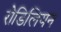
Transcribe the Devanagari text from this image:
रोडिलियन